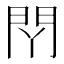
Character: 𰿛